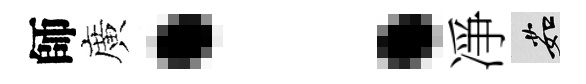
師廣：凈茹